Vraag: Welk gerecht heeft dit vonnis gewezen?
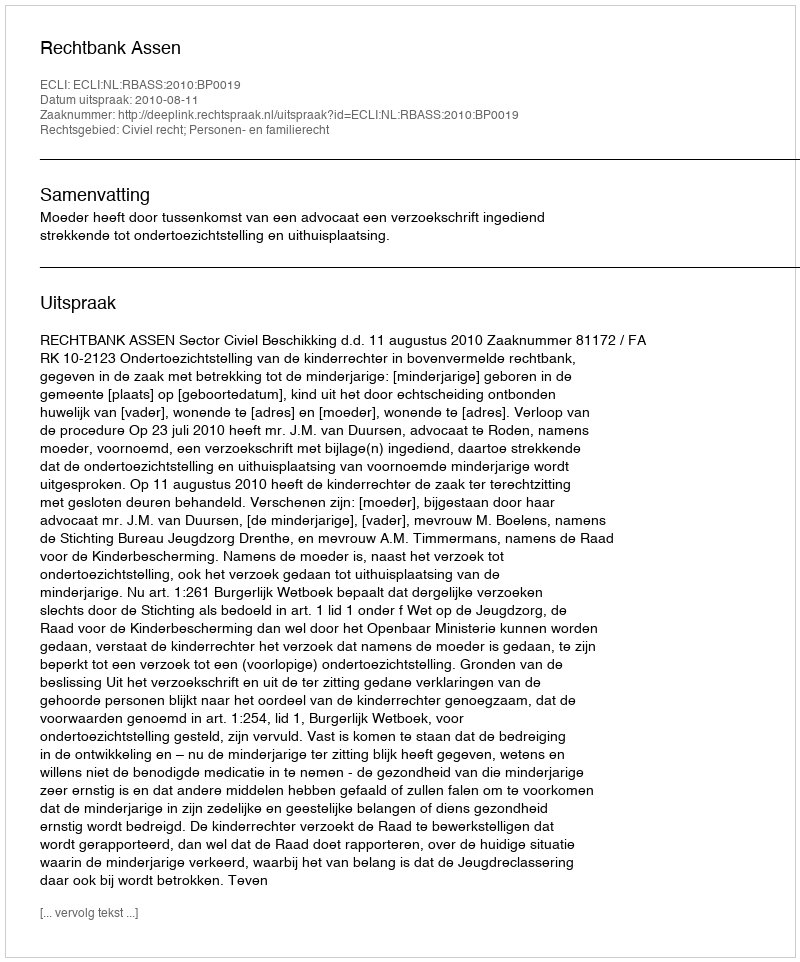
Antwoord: Rechtbank Assen